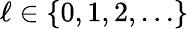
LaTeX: \ell\in\{ 0,1,2,\ldots\}